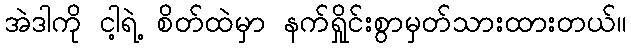
အဲဒါကို ငါ့ရဲ့ စိတ်ထဲမှာ နက်ရှိုင်းစွာမှတ်သားထားတယ်။